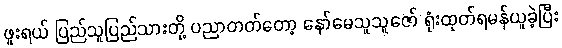
ဖူးရယ် ပြည်သူပြည်သားတို့ ပညာတတ်တော့ နော်မေသူသူဇော် ရုံးထုတ်ရမန်ယူခဲ့ပြီး